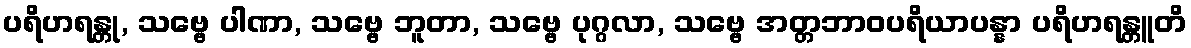
ပရိဟရန္တု, သဗ္ဗေ ပါဏာ, သဗ္ဗေ ဘူတာ, သဗ္ဗေ ပုဂ္ဂလာ, သဗ္ဗေ အတ္တဘာဝပရိယာပန္နာ ပရိဟရန္တူတိ